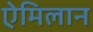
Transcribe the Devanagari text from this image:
ऐमिलान